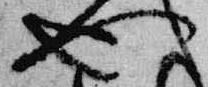
也